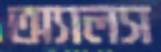
অ্যালস